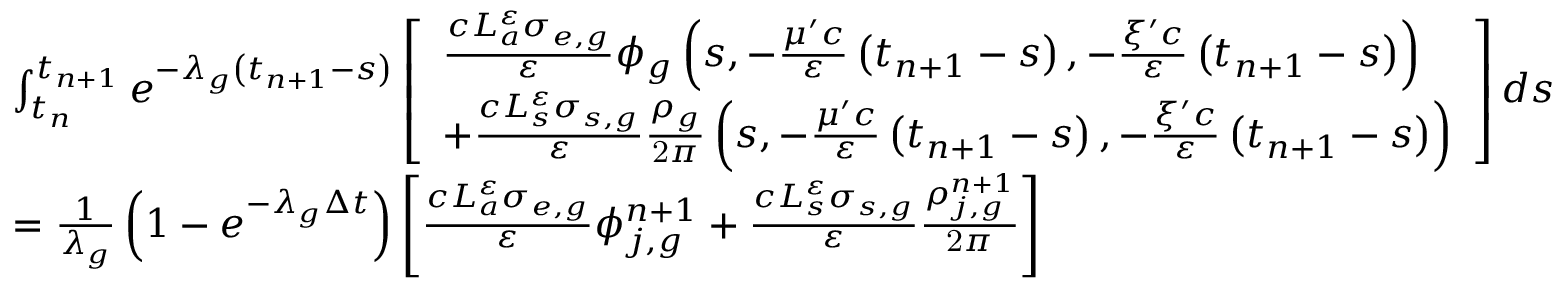
\begin{array} { l } { { \int _ { t _ { n } } ^ { t _ { n + 1 } } e ^ { - \lambda _ { g } \left( t _ { n + 1 } - s \right) } \left[ \begin{array} { l } { { \frac { c L _ { a } ^ { \varepsilon } \sigma _ { e , g } } { \varepsilon } \phi _ { g } \left( s , - \frac { \mu ^ { \prime } c } { \varepsilon } \left( t _ { n + 1 } - s \right) , - \frac { \xi ^ { \prime } c } { \varepsilon } \left( t _ { n + 1 } - s \right) \right) } } \\ { { + \frac { c L _ { s } ^ { \varepsilon } \sigma _ { s , g } } { \varepsilon } \frac { \rho _ { g } } { \mathrm { 2 } \pi } \left( s , - \frac { \mu ^ { \prime } c } { \varepsilon } \left( t _ { n + 1 } - s \right) , - \frac { \xi ^ { \prime } c } { \varepsilon } \left( t _ { n + 1 } - s \right) \right) } } \end{array} \right] d s } } \\ { { = \frac { 1 } { \lambda _ { g } } \left( 1 - e ^ { - \lambda _ { g } \Delta t } \right) \left[ \frac { c L _ { a } ^ { \varepsilon } \sigma _ { e , g } } { \varepsilon } \phi _ { j , g } ^ { n + 1 } + \frac { c L _ { s } ^ { \varepsilon } \sigma _ { s , g } } { \varepsilon } \frac { \rho _ { j , g } ^ { n + 1 } } { \mathrm { 2 } \pi } \right] } } \end{array}